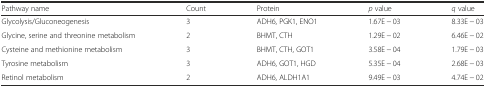
<table><thead><tr><td><b>Pathway name</b></td><td><b>Count</b></td><td><b>Protein</b></td><td><b><i>p</i> value</b></td><td><b><i>q</i> value</b></td></tr></thead><tbody><tr><td>Glycolysis/Gluconeogenesis</td><td>3</td><td>ADH6, PGK1, ENO1</td><td>1.67E − 03</td><td>8.33E − 03</td></tr><tr><td>Glycine, serine and threonine metabolism</td><td>2</td><td>BHMT, CTH</td><td>1.29E − 02</td><td>6.46E − 02</td></tr><tr><td>Cysteine and methionine metabolism</td><td>3</td><td>BHMT, CTH, GOT1</td><td>3.58E − 04</td><td>1.79E − 03</td></tr><tr><td>Tyrosine metabolism</td><td>3</td><td>ADH6, GOT1, HGD</td><td>5.35E − 04</td><td>2.68E − 03</td></tr><tr><td>Retinol metabolism</td><td>2</td><td>ADH6, ALDH1A1</td><td>9.49E − 03</td><td>4.74E − 02</td></tr></tbody></table>